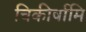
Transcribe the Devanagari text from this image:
चिकीर्षामि